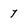
Character: 7